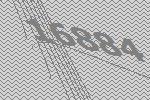
16884